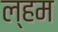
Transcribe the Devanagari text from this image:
ल्हम